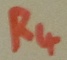
Text: R4